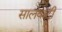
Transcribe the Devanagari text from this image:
सालवाटी